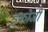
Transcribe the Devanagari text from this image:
इकोजी